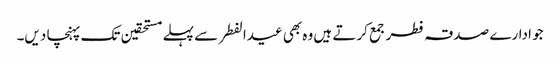
جو ادارے صدقہ فطر جمع کرتے ہیں وہ بھی عیدالفطر سے پہلے مستحقین تک پہنچا دیں۔